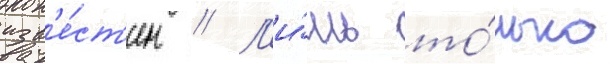
изв'е́ст'ен // Л'и́шь то́лько